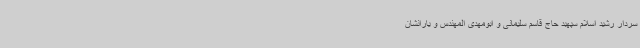
سردار رشید اسلام سپهبد حاج قاسم سلیمانی و ابومهدی المهندس و یارانشان